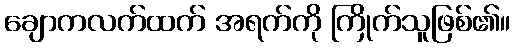
ချောကလက်ထက် အရက်ကို ကြိုက်သူဖြစ်၏။